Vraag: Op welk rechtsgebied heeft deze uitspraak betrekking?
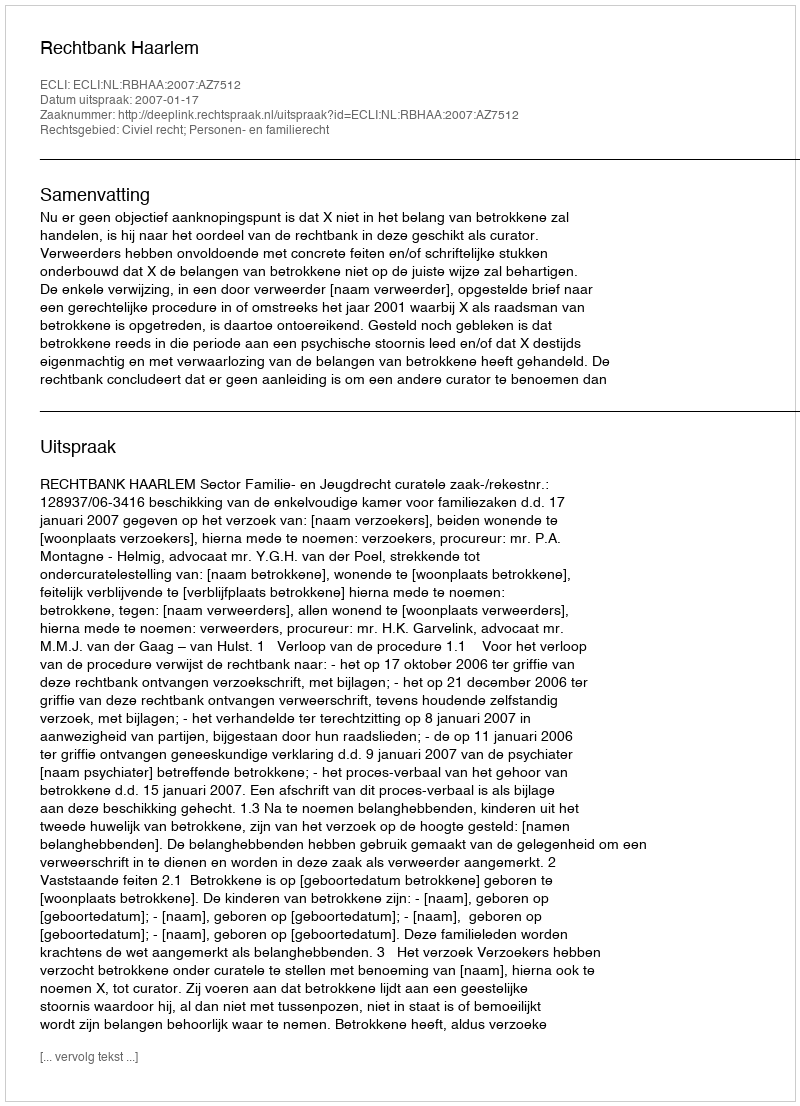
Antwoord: Civiel recht; Personen- en familierecht